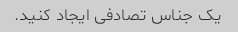
یک جناس تصادفی ایجاد کنید.